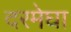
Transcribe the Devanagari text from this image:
दरमेघा